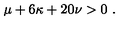
\mu + 6 \kappa + 2 0 \nu > 0 \ .